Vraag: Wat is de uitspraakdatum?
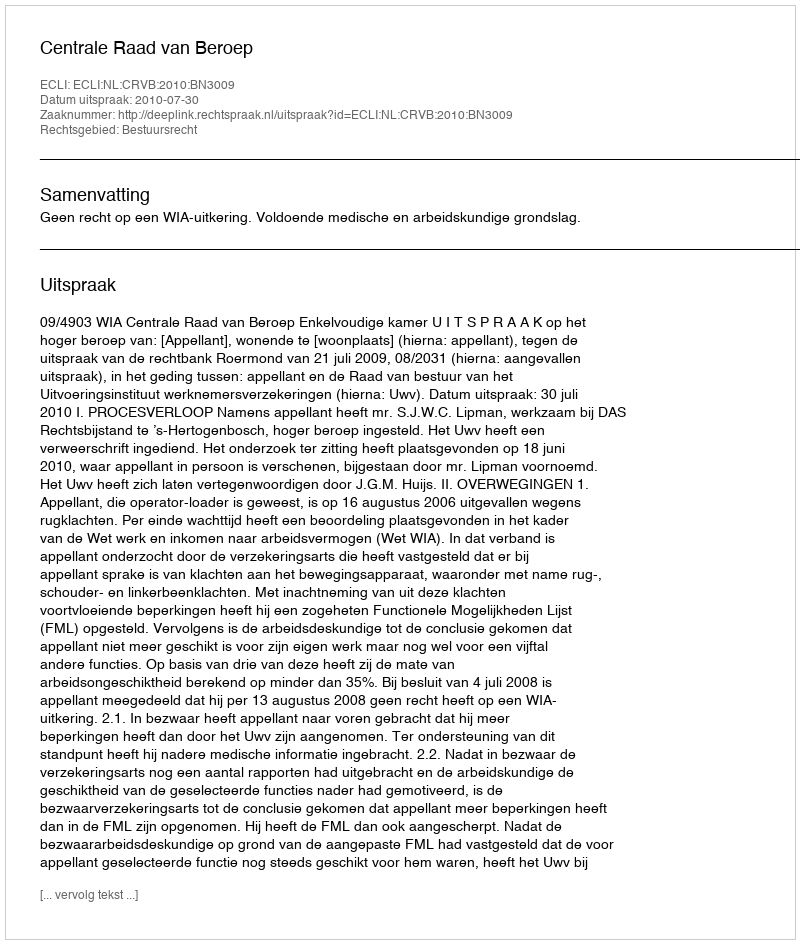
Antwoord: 2010-07-30